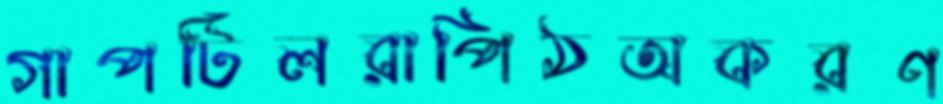
গাপটিলরাপিঠঅকরণ